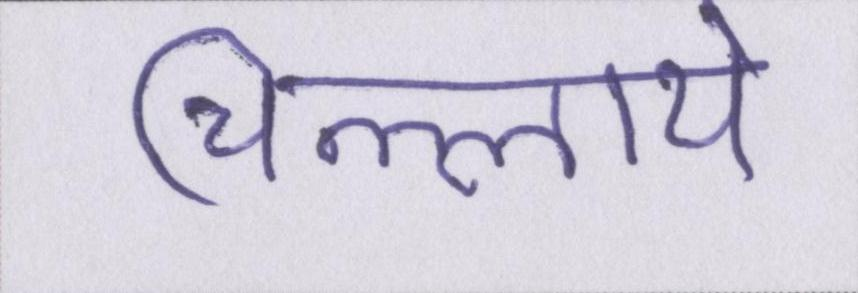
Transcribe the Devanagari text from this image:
चिल्लाये